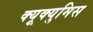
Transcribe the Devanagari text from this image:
क्यूक्युमिस